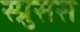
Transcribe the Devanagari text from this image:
स्प्रुसस